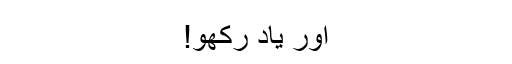
اور یاد رکھو!